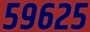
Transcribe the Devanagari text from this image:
५९६२५